Investigations into the jail dietaries of the United Provinces with some observations on the influence of dietary on the physical development and well-being of the people of the United Provinces - Number 48
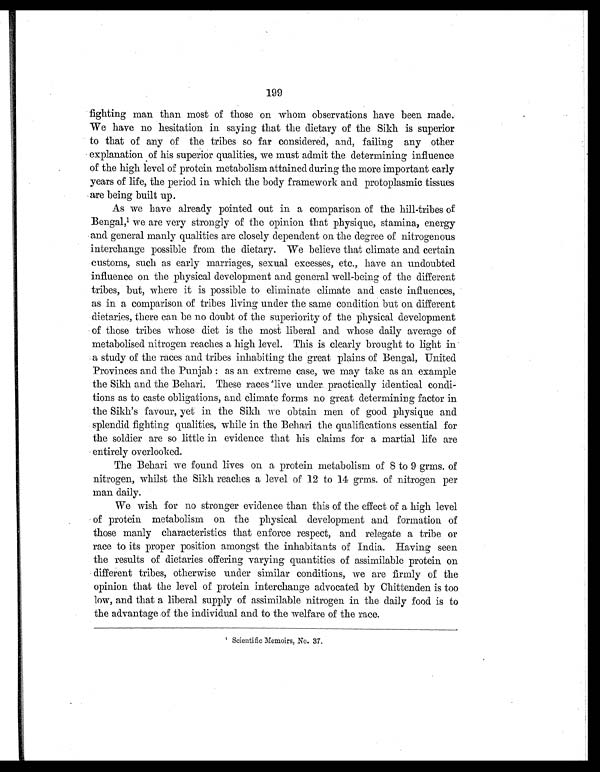
199
fighting man than most of those on whom observations have been made.
We have no hesitation in saying that the dietary of the Sikh is superior
to that of any of the tribes so far considered, and, failing any other
explanation of his superior qualities, we must admit the determining influence
of the high level of protein metabolism attained during the more important early
years of life, the period in which the body framework and protoplasmic tissues
are being built up.
As we have already pointed out in a comparison of the hill-tribes of
Bengal,1 w e a r e v e r y s t r o n g l y o f t h e o p i n i o n t h a t p h y s i q u e , s t a m i n a , e n e r g y
and general manly qualities are closely dependent on the degree of nitrogenous
interchange possible from the dietary. We believe that climate and certain
customs, such as early marriages, sexual excesses, etc., have an undoubted
influence on the physical development and general well-being of the different
tribes, but, where it is possible to eliminate climate and caste influences,
as in a comparison of tribes living under the same condition but on different
dietaries, there can be no doubt of the superiority of the physical development
of those tribes whose diet is the most liberal and whose daily average of
metabolised nitrogen reaches a high level. This is clearly brought to light in
a study of the races and tribes inhabiting the great plains of Bengal, United
Provinces and the Punjab : as an extreme case, we may take as an example
the Sikh and the Behari. These races live under practically identical condi-
tions as to caste obligations, and climate forms no great determining factor in
the Sikh's favour, yet in the Sikh we obtain men of good physique and
splendid fighting qualities, while in the Behari the qualifications essential for
the soldier are so little in evidence that his claims for a martial life are
entirely overlooked.
The Behari we found lives on a protein metabolism of 8 to 9 grms. of
nitrogen, whilst the Sikh reaches a level of 12 to 14 grms. of nitrogen per
man daily.
We wish for no stronger evidence than this of the effect of a high level
of protein metabolism on the physical development and formation of
those manly characteristics that enforce respect, and relegate a tribe or
race to its proper position amongst the inhabitants of India. Having seen
the results of dietaries offering varying quantities of assimilable protein on
different tribes, otherwise under similar conditions, we are firmly of the
opinion that the level of protein interchange advocated by Chittenden is too
low, and that a liberal supply of assimilable nitrogen in the daily food is to
the advantage of the individual and to the welfare of the race.
1
S c i e n t i f i c M e m o i r s , N o . 3 7 .